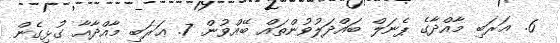
6. ޢަރަބި މާއްދާގެ ޕެނަލް ބައްދަލުވުންތައް ބޭއްވުން. 7. ޢަރަބި މާއްދާއާ ގުޅިގެން